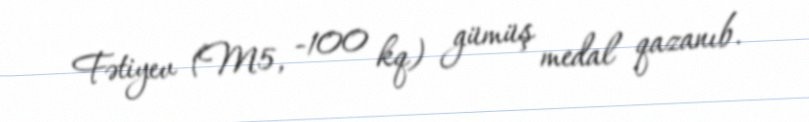
Fətiyev (M5, -100 kq) gümüş medal qazanıb.